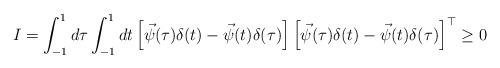
LaTeX: \begin{align*}I = \int_{-1}^{1} d \tau \int_{-1}^{1} dt\left[\vec \psi(\tau) \delta(t) - \vec \psi(t) \delta(\tau)\right]\left[\vec \psi(\tau) \delta(t) - \vec \psi(t) \delta(\tau)\right]^{\top} \geq 0\end{align*}